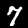
Label: 7